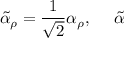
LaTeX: \tilde { \alpha } _ { \rho } = \frac { 1 } { \sqrt { 2 } } \alpha _ { \rho } , ~ ~ ~ ~ \tilde { \alpha }